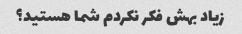
زیاد بهش فکر نکردم شما هستید؟